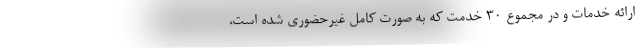
ارائه خدمات و در مجموع ۳۰ خدمت که به صورت کامل غیرحضوری شده است،